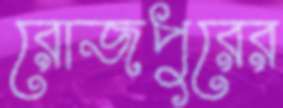
রোজপুরের